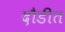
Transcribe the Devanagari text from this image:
दौडीत